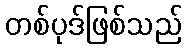
တစ်ပုဒ်ဖြစ်သည်